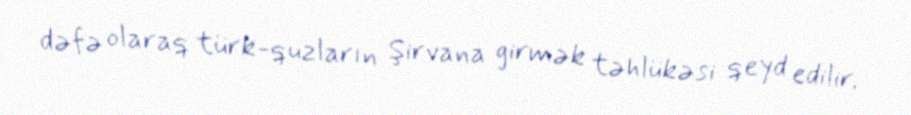
dəfə olaraq türk-quzların Şirvana girmək təhlükəsi qeyd edilir.